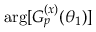
\arg [ G _ { p } ^ { ( x ) } ( \theta _ { 1 } ) ]